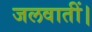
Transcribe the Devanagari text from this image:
जलवातीं।